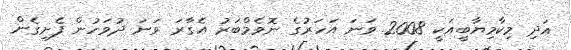
އަދި މިކާމިޔާބީއަކީ 2008 ވަނަ އަހަރުގެ ނޮވެމްބަރު އެގާރަ ވަނަ ދުވަހުން ފެށިގެން